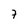
Character: 7